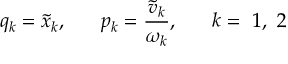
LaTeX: q _ { k } = \tilde { x } _ { k } , ~ ~ ~ ~ ~ p _ { k } = \frac { \tilde { v } _ { k } } { \omega _ { k } } , ~ ~ ~ ~ ~ k = ~ 1 , ~ 2